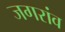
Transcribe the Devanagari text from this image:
जगरांव